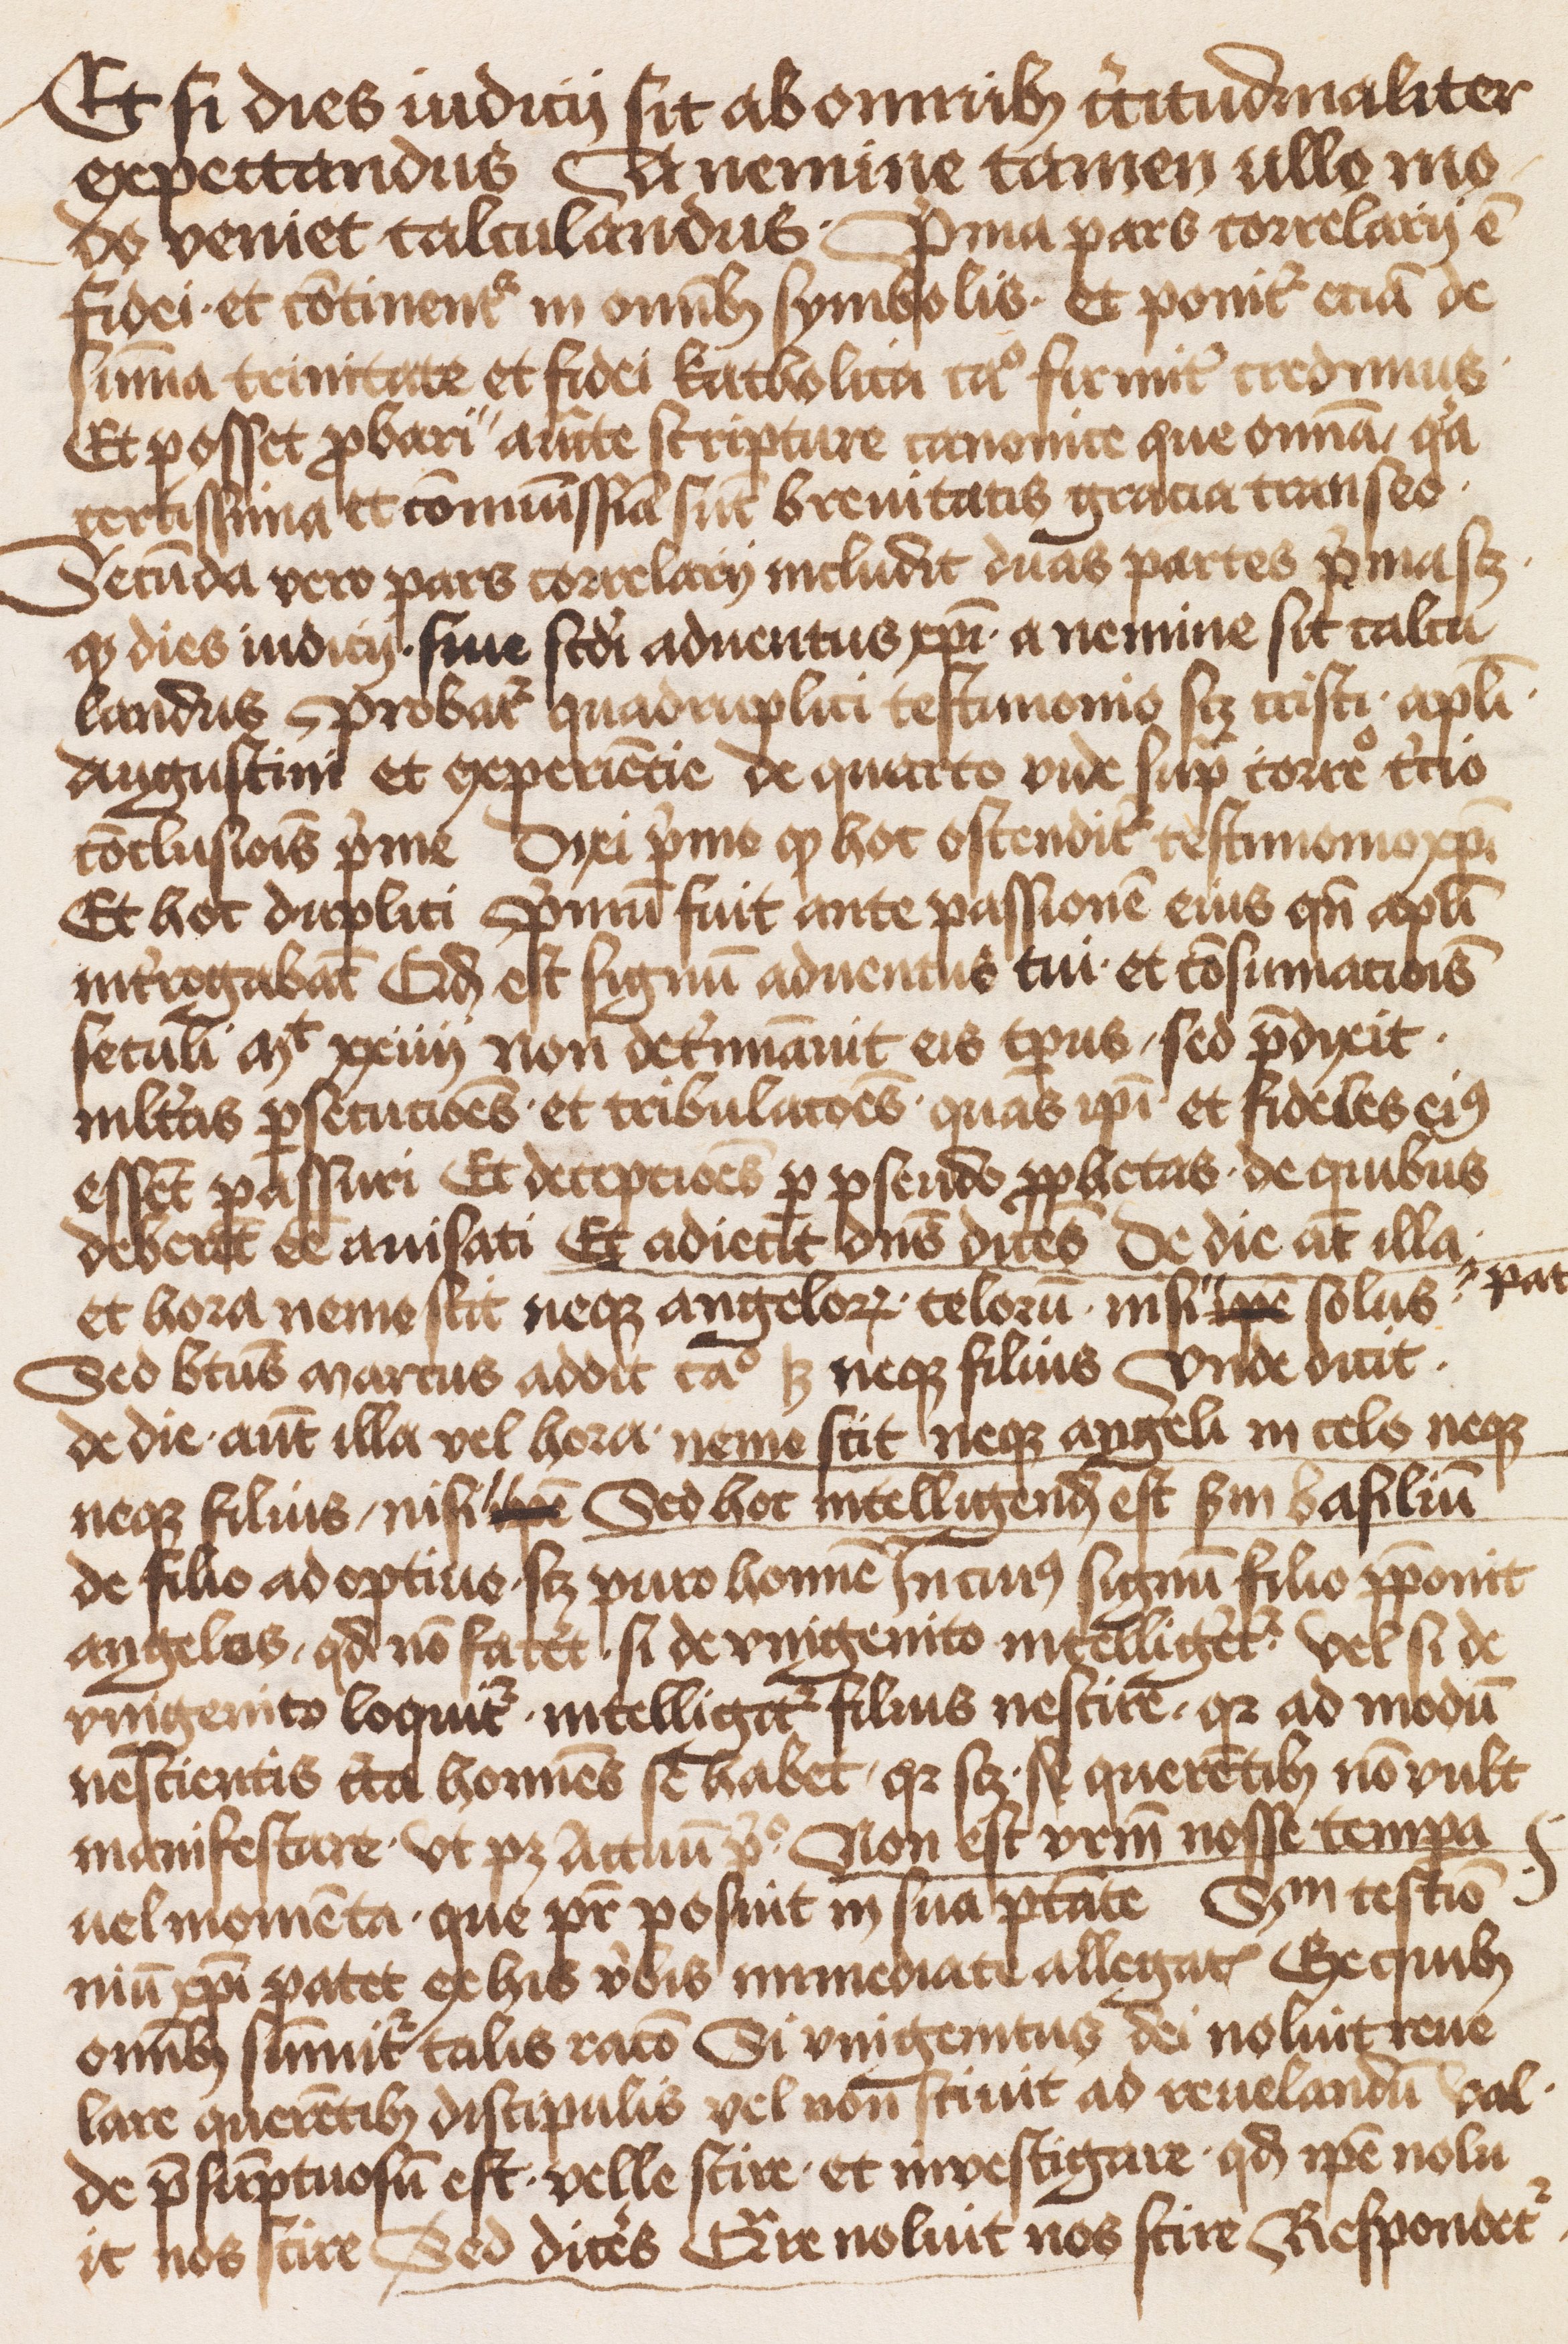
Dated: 1471–1501